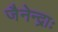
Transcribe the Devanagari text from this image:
जैनेन्द्राः